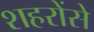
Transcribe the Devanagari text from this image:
शहरोंसे